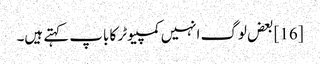
[16] بعض لوگ انہیں کمپیوٹر کا باپ کہتے ہیں۔